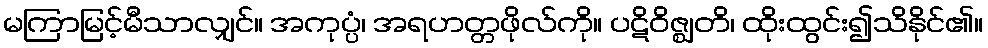
မကြာမြင့်မီသာလျှင်။ အကုပ္ပံ၊ အရဟတ္တဖိုလ်ကို။ ပဋိဝိဇ္ဈတိ၊ ထိုးထွင်း၍သိနိုင်၏။